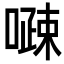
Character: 𠽔